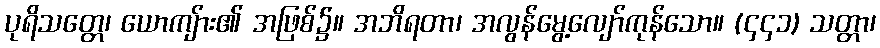
ပုရိသတ္တေ၊ ယောကျ်ား၏ အဖြစ်၌။ အဘိရတာ၊ အလွန်မွေ့လျော်ကုန်သော။ (၄၄၁) သတ္တာ၊